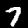
Label: 7